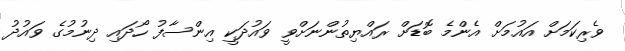
ވެރިކަމަށް އައުމަށް އެންމެ ބޮޑަށް ރައްޔިތުންނަށްވީ ވައުދަކީ އިންސާފު ހޯދައި ދިނުމުގެ ވައުދު